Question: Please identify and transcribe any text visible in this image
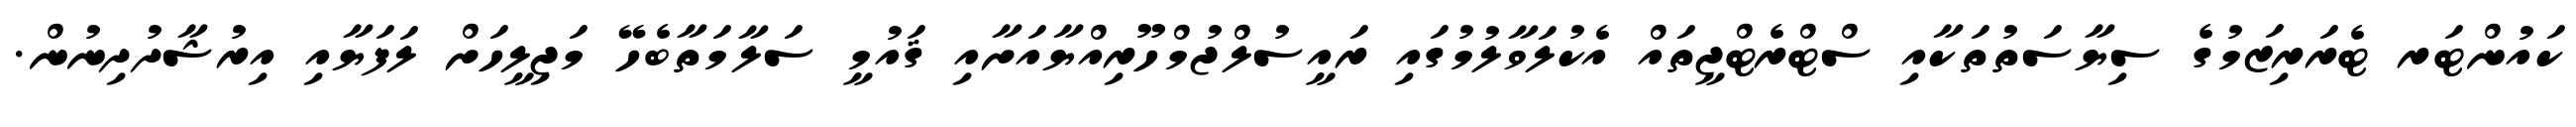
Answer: ކައުންޓަރ ޓެރަރިޒަމުގެ ސިޔާސަތުތަކާއި ސްޓްރެޓްޖީތައް އެކުލަވާލުމުގައި ރައީސުލްޖުމްހޫރިއްޔާއަށާއި ޤައުމީ ސަލާމަތާބެހޭ މަޖިލީހަށް ލަފަޔާއި އިރުޝާދުދިނުން.